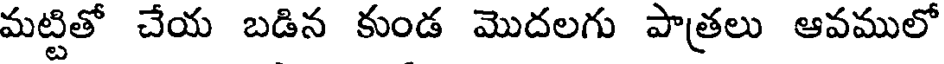
మట్టితో చేయ బడిన కుండ మొదలగు పాత్రలు ఆవములో